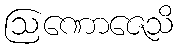
ဩဏောဇေသိ